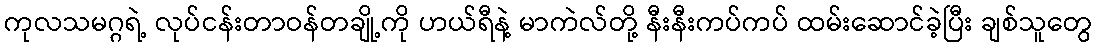
ကုလသမဂ္ဂရဲ့ လုပ်ငန်းတာဝန်တချို့ကို ဟယ်ရီနဲ့ မာကဲလ်တို့ နီးနီးကပ်ကပ် ထမ်းဆောင်ခဲ့ပြီး ချစ်သူတွေ